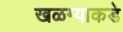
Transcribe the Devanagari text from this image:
खळग्याकडे